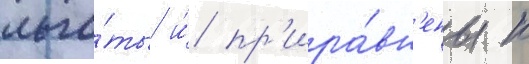
льго́ты и́ пр'ира́вн'ены к